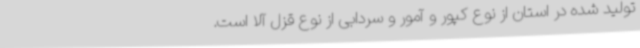
تولید شده در استان از نوع کپور و آمور و سردابی از نوع قزل آلا است.